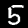
Label: 5